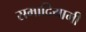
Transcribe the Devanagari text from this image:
समादियामी